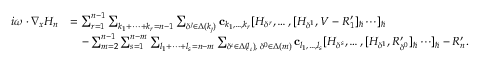
\begin{array} { r l } { i \omega \cdot \nabla _ { x } H _ { n } } & { = \sum _ { r = 1 } ^ { n - 1 } \sum _ { k _ { 1 } + \cdots + k _ { r } = n - 1 } \sum _ { \delta ^ { \jmath } \in \Delta ( k _ { \jmath } ) } \mathbf { c } _ { k _ { 1 } , \ldots , k _ { r } } [ H _ { \delta ^ { r } } , \ldots , [ H _ { \delta ^ { 1 } } , V - R _ { 1 } ^ { \prime } ] _ { \hbar } \cdots ] _ { \hbar } } \\ & { \quad - \sum _ { m = 2 } ^ { n - 1 } \sum _ { s = 1 } ^ { n - m } \sum _ { l _ { 1 } + \cdots + l _ { s } = n - m } \sum _ { \delta ^ { \iota } \in \Delta ( l _ { \iota } ) , \; \delta ^ { 0 } \in \Delta ( m ) } \mathbf { c } _ { l _ { 1 } , \ldots , l _ { s } } [ H _ { \delta ^ { s } } , \ldots , [ H _ { \delta ^ { 1 } } , R _ { \delta ^ { 0 } } ^ { \prime } ] _ { \hbar } \cdots ] _ { \hbar } - R _ { n } ^ { \prime } . } \end{array}